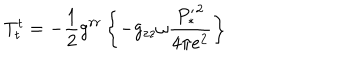
LaTeX: T _ { t } ^ { t } = - \frac { 1 } { 2 } g ^ { r r } \left\{ - g _ { z z } \omega \frac { { P _ { * } ^ { \prime } } ^ { 2 } } { 4 \pi e ^ { 2 } } \right\}